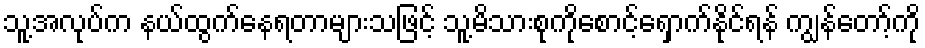
သူ့အလုပ်က နယ်ထွက်နေရတာများသဖြင့် သူ့မိသားစုကိုစောင့်ရှောက်နိုင်ရန် ကျွန်တော့်ကို